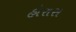
હોરાસ